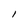
Character: l